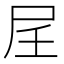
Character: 𪨋